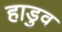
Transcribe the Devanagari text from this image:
हाडुव